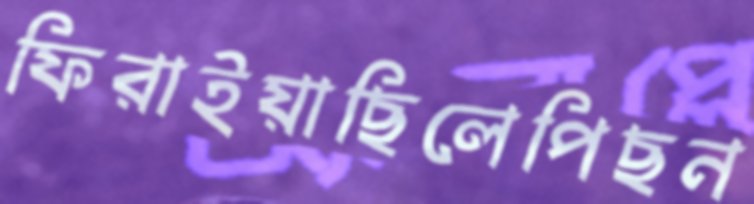
ফিরাইয়াছিলেপিছন